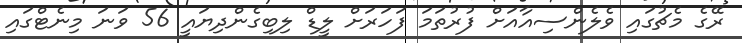
ރޭގެ މެޗުގައި ވެލެންސިއާއަށް ފުރުތަމަ ފަހަރަށް ލީޑް ލިބިގެންދިޔައީ 56 ވަނަ މިނެޓްގައި